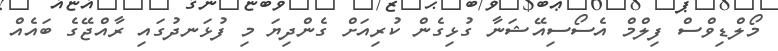
މޯލްޑިވްސް ފިލްމް އެސޯސިއޭޝަނާ ގުޅިގެން ކުރިއަށް ގެންދިޔަ މި ފުޅަނދުގައި ރާއްޖޭގެ ބައެއް